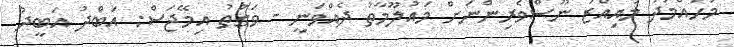
މުހައްމަދު މުއިއްޒު ނޫސްވެރިންނަށް މައުލޫމާތު ދެއްވަނީ - ވަގުތު އިމޭޖަސް: އަބްދު އަބީދު